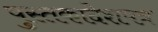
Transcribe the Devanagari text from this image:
पुस्तकादेशपत्र